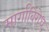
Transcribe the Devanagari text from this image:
मार्गाविरोध